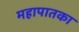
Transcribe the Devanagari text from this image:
महापातका